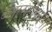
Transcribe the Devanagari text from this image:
ब्लास्टोफ़ागा